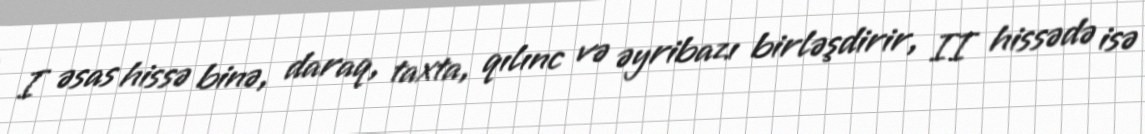
I əsas hissə binə, daraq, taxta, qılınc və əyribazı birləşdirir, II hissədə isə